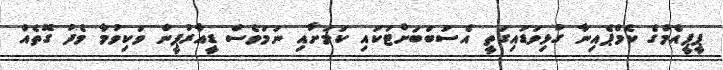
ޕީޕީއެމްގެ ކެމްޕެއިނާ ގުޅިވަޑައިގަތީ އެސަބަބަށްޓަކައި ކަމަށާއި ނަމަވެސް ޑީއާރުޕީން ވަކިވުމާ މެދު ގޮތެއް